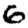
Digit: 6